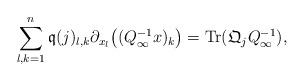
LaTeX: \begin{align*}\sum_{l,k=1}^{n}\mathfrak{q}(j)_{l,k}\partial_{x_l}\big((Q_{\infty}^{-1}x)_k\big)=\textrm{Tr}(\mathfrak{Q}_jQ_{\infty}^{-1}),\end{align*}